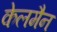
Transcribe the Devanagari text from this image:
केलमैन